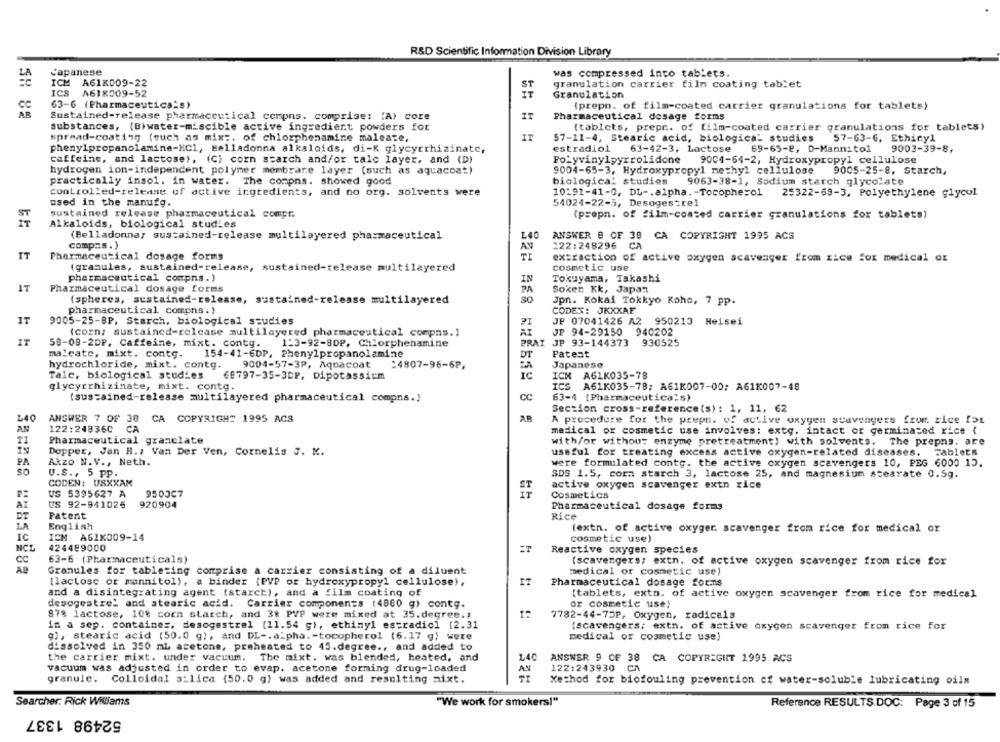
R&D Scientific Information Division Library
L'apanese
was compressed into tablets.
ICH A61K009-22
ST
granulation carrier film coating tablet
ICS A618009-52
IT
Granulation
63-6 (Pharmaceutica's)
(prepn. of film-coated carrier granulations for tablets)
SH 82
Sustained-release pharmaceutical compns. comprise: "A) core
Pharmaceutical dosage forms
substances, (B)water-miscible active ingredient powders for
(tablets, prepr. of film-coated carrier granulations for tablets)
spread-coating (such as mix :. of chlorphenamine maleate,
IT
57-11-4, Stearic acid, biologica- studies
57-63-6, Ethicyl
phenylpropanolamine-HCl, Belladonna alkaloids, di-K glycyrrhizinate,
estradiol
63-42-3, Lactose
69-65-8, D-Mannitol
9003-39-8,
caffeine, and lactose), (Cl corn starch and/or talc layer, and (D)
Polyvinylpyrrolidone
9004-64-2, Hydroxypropyl cellulose
hydrogen ion-independent polymer membrane layer (such as aquacoat)
9004-65-3, Hydroxypropyl methyl cellulose
9005-25-8, Starch,
practically insol. in water. The compns. showed good
biologica: studies
9063-38-1, Sodium starch glycolate
controlled-release of active ingredients, and no org. solvents were
10:91-41-0, DL -. alpha. - Tocophe=o1
25322-69-3, Polyethylene glycol
used in the manutg.
54024-22-5, Desogestrel
sustained release pharmaceutical compr.
(prepn. of film-coated carrier granulations for tablets)
Alkaloids, biological studies
(Belladonna; sustained-release multilayered pharmaceutical
L40
ANSWER 8 OF 38 CA COPYRIGHT 1995 ACS
compas.)
122:248296 CA
AV
IT
Pharmaceutical dosage forms
TI
extraction of active oxygen scavenger from rice for medical or
(granules, sustained-release, sustained-release multilayered
cosmetic use
pharmaceutical compns.)
IN
Tokuyama, Takashi
IT
Pharmaceutical dosage forms
PA
Soken Kk, Japan
(spheres, sustained-release, sustained-release multilayered
SO
Jpn. Kokai Tokkyo Kohe, 7 pp.
pharmaceutical compns.)
CODEX: JKXXAE
IT
9005-25-BP, Starch, biological studies
JP 07041426 A2 950210 Heisei
(corn: sustained-release multilayered pharmaceutical compas.)
AT
JP 94-29150 940202
IT
PRAI JP 93-144373
58-08-2DP, Caffeine, mixt. contg.
1-3-92-80P, Chlorphenamine
930525
ma cate, mixt. conto.
154-41-6DP, Phenylpropanolamine
DT
Patent
Japanese
hydrochloride, mixt. contg.
9004-57-3P, Aquacoat :4807-96-6P.
Talc, biological studies
68797-35-3DP, Dipotassium
IC
ICM A61K035-78
ICS A61K035-78; A61K007-00; A61K007-48
glycyrrhizinate, mixt. contg.
(sustained-release multilayered pharmaceutical compns.}
CC
63-4 (Pharmaceuticals)
Section cross-reference(s) : 1, 11, 62
L40
ANGWER 7 OF 38 CA COPYRIGHT 1995 ACS
AR
A procedure for the prepn. of active oxygen scavengers from. rice far
AN
122:24836C
CA
medical or cosmetic use involves: extg. intact or germinated rice (
TI
Pharmaceutical granclate
with/or without enzyme pretreatment) with solvents. The prepns, are
Dopper, Jan H .: Van Der Ven, Cornelis J. K.
useful for treating excess active oxygen-related diseases. Tablets
PA
Akzo N.V ., Neth.
were formulated conto. the active oxygen scavengers 10, PEG 6000 15.
SO
U.S ., 5 PP.
SDS 1.5, corn starch 3, lactose 25, and magnesium stearate 0.5g.
CODEN: USXXAM
active oxygen scavenger extn rice
US 5395627 A
950307
Cosmetics
US 92-941026
920904
Pharmaceutical dosage forms
DT
Patent
Rice
LA
English
(extn. of active oxyger. scavenger from rice for medical or
IC
ICM A61K009-14
cosmetic use)
NCL
424489000
Reactive oxygen species
CC
63-6 (Pharmaceuticals)
(scavengers; extn. of active oxygen scavenger from rice for
AB
Granules for tableting comprise a carrier consisting of a diluent
medical or cosmetic use)
(lactose or mannitol), a binder (PVP or hydroxypropyl cellulose),
IT
Pharmaceutical dosage forms
and a disintegrating agent (starch), and a film coating of
[tablets, extn. of active oxygen scavenger from rice for medical
desogestre' and stearic acid. Carrier components (4800 g) contg.
or cosmetic use!
878 lactose, 10% corn starch, and 3t PVP were mixed at 35.degree .,
7782-44-75P, Oxygen, radicals
in a sep. container, desogestrel (11.54 g), ethinyl estradiol [2.31
(scavengers; extn. of active oxygen scavenger from rice for
g), stearic acid (50.0 g), and DL -. alpha. - tocopherol (6.17 g) were
medical or cosmetic use)
dissolved in 350 mL acetone, preheated to 45.degree ., and added to
the carrier mixt. under vacuum. The mixt. was blended, heated, and
140
ANSWER 9 OF 38 CA COPYRIGHT 1995 ACS
vacuum was adjusted in order to evap. acetone forming drug-loaded
122:243930
CA
AV
granule.
Colloidal silica (50.0 g) was added and resulting aixt.
Method for biofouling prevention of water-soluble lubricating oils
Searcher: Rick Williams
"We work for smokers!"
Reference RESULTS.DOC: Page 3 of 15
52498 1337